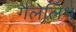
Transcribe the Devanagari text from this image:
गैलेलिथ